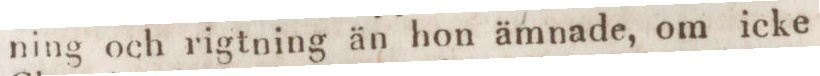
ning och rigtning än hon ämnade, om icke